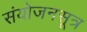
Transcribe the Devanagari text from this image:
संयोजनसूत्र